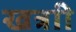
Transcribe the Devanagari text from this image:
खत्राी